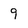
Character: 9